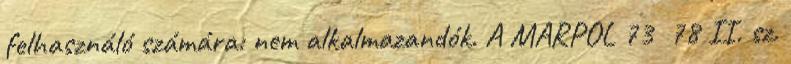
felhasználó számára: nem alkalmazandók. A MARPOL 73 78 II. sz.